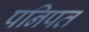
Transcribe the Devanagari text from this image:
पनिपत